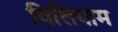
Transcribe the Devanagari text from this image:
विलियाम